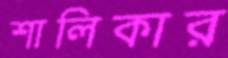
শালিকার